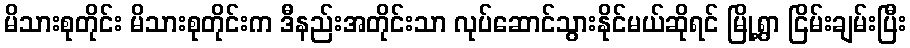
မိသားစုတိုင်း မိသားစုတိုင်းက ဒီနည်းအတိုင်းသာ လုပ်ဆောင်သွားနိုင်မယ်ဆိုရင် မြို့ရွာ ငြိမ်းချမ်းပြီး